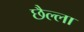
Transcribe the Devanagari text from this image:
छैल्ला